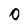
Character: 0